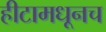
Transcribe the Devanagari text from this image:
हीटामधूनच